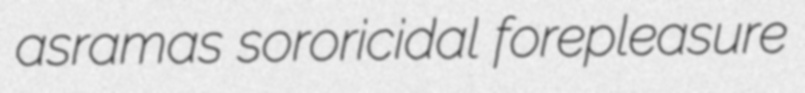
asramas sororicidal forepleasure